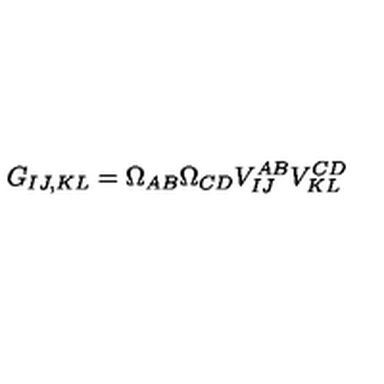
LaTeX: G _ { I J , K L } = \Omega _ { A B } \Omega _ { C D } V _ { I J } ^ { A B } V _ { K L } ^ { C D }